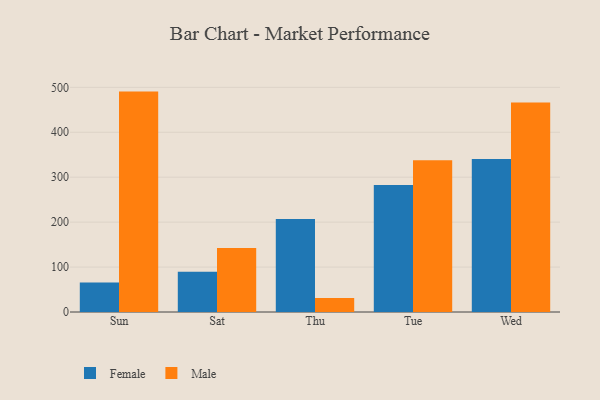
{"axis": {"x": "Day", "y": "Bounce Rate (%)"}, "legend": ["Female", "Male"], "data": [{"x": "Sun", "y": 65.4, "type": "Female"}, {"x": "Sun", "y": 490.5, "type": "Male"}, {"x": "Sat", "y": 89.7, "type": "Female"}, {"x": "Sat", "y": 142.3, "type": "Male"}, {"x": "Thu", "y": 206.7, "type": "Female"}, {"x": "Thu", "y": 31.2, "type": "Male"}, {"x": "Tue", "y": 282.5, "type": "Female"}, {"x": "Tue", "y": 337.5, "type": "Male"}, {"x": "Wed", "y": 340.4, "type": "Female"}, {"x": "Wed", "y": 466.4, "type": "Male"}]}